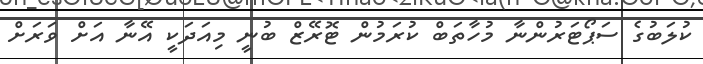
ކުލަބުގެ ސަޕޯޓަރުންނާ މުހާތަބް ކުރަމުން ޓޮރޭޒް ބުނީ މިއަދަކީ އޭނާ އަށް ވަރަށް